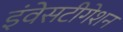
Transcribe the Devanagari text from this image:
इंवेसटीगेशन